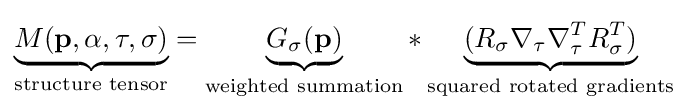
\underbrace {M(\mathbf {p} ,\alpha ,\tau ,\sigma )} _{\text{structure tensor}}=\underbrace {G_{\sigma }(\mathbf {p} )} _{\text{weighted summation}}*\underbrace {(R_{\sigma }\nabla _{\tau }\nabla _{\tau }^{T}R_{\sigma }^{T})} _{\text{squared rotated gradients}}